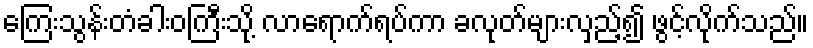
ကြေးသွန်းတံခါးဝကြီးသို့ လာရောက်ရပ်ကာ ခလုတ်များလှည့်၍ ဖွင့်လိုက်သည်။